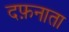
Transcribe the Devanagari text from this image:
दफ़नाता